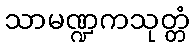
သာမဏ္ဍကသုတ္တံ